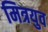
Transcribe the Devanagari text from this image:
मित्रयुव